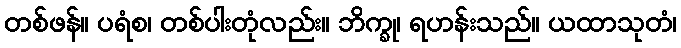
တစ်ဖန်။ ပရံစ၊ တစ်ပါးတုံလည်း။ ဘိက္ခု၊ ရဟန်းသည်။ ယထာသုတံ၊